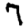
Digit: 7